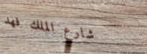
شارع الملك فهد